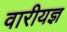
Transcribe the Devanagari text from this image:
वारीयज्ञ